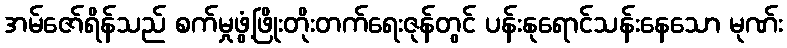
အမ်ဇော်ရိန်သည် စက်မှုဖွံ့ဖြိုးတိုးတက်ရေးဇုန်တွင် ပန်းနုရောင်သန်းနေသော မုဏ်း